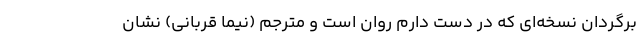
برگردان نسخه‌ای که در دست دارم روان است و مترجم (نیما قربانی) نشان